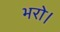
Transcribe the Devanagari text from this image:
भरो।